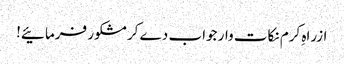
ازراہِ کرم نکات وار جواب دے کر مشکور فرمائیے!